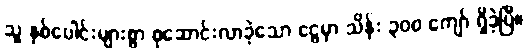
သူ နှစ်ပေါင်းများစွာ စုဆောင်းလာခဲ့သော ငွေမှာ သိန်း ၃၀၀ ကျော် ရှိခဲ့ပြီ။